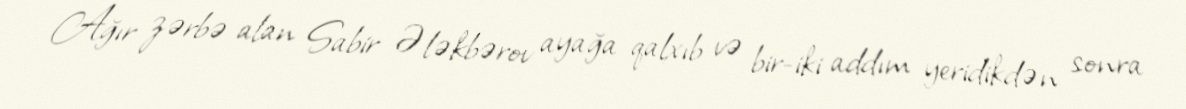
Ağır zərbə alan Sabir Ələkbərov ayağa qalxıb və bir-iki addım yeridikdən sonra